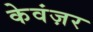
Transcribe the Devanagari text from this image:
केवंज़र